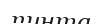
пинта